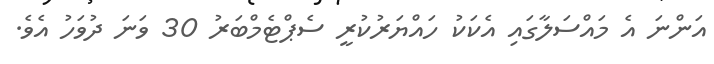
އަންނަ އެ މައްސަލާގައި އެކަކު ހައްޔަރުކުރީ ސެޕްޓެމްބަރު 30 ވަނަ ދުވަހު އެވެ.